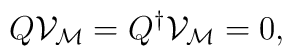
Q{\mathcal  V}_{\mathcal M}=Q^\dagger{\mathcal  V}_{\mathcal M}=0,